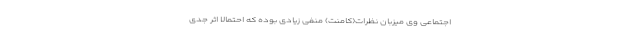
اجتماعی وی میزبان نظرات(کامنت) منفی زیادی بوده که احتمالا اثر جدی